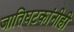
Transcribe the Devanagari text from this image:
जातिघटकांनीही